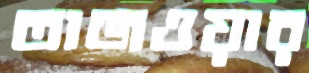
তাজওয়ার